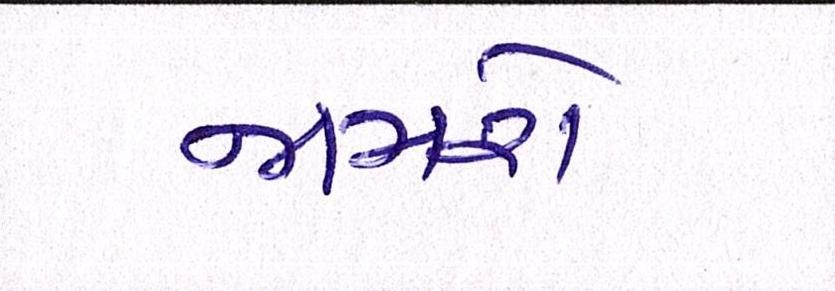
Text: જામશે